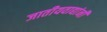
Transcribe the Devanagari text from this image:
जातीयवाद्यांनी